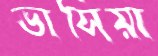
ভাসিয়া